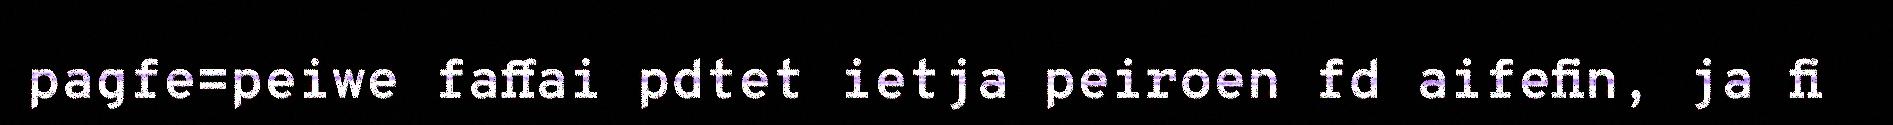
pagfe=peiwe faffai pdtet ietja peiroen fd aifefin, ja fi